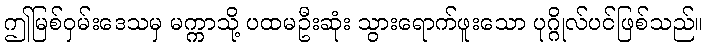
ဤမြစ်ဝှမ်းဒေသမှ မက္ကာသို့ ပထမဦးဆုံး သွားရောက်ဖူးသော ပုဂ္ဂိုလ်ပင်ဖြစ်သည်။